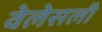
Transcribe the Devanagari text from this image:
वेलेसली